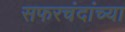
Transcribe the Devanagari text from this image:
सफरचंदांच्या